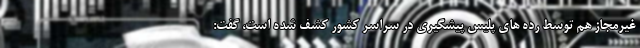
غیرمجاز هم توسط رده های پلیس پیشگیری در سراسر کشور کشف شده است، گفت: